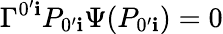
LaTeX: \Gamma^{0^{\prime}\mathbf{i}}P_{0^{\prime}\mathbf{i}}\Psi(P_{0^{\prime}\mathbf{i}})=0